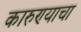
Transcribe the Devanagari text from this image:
कारुण्याचा